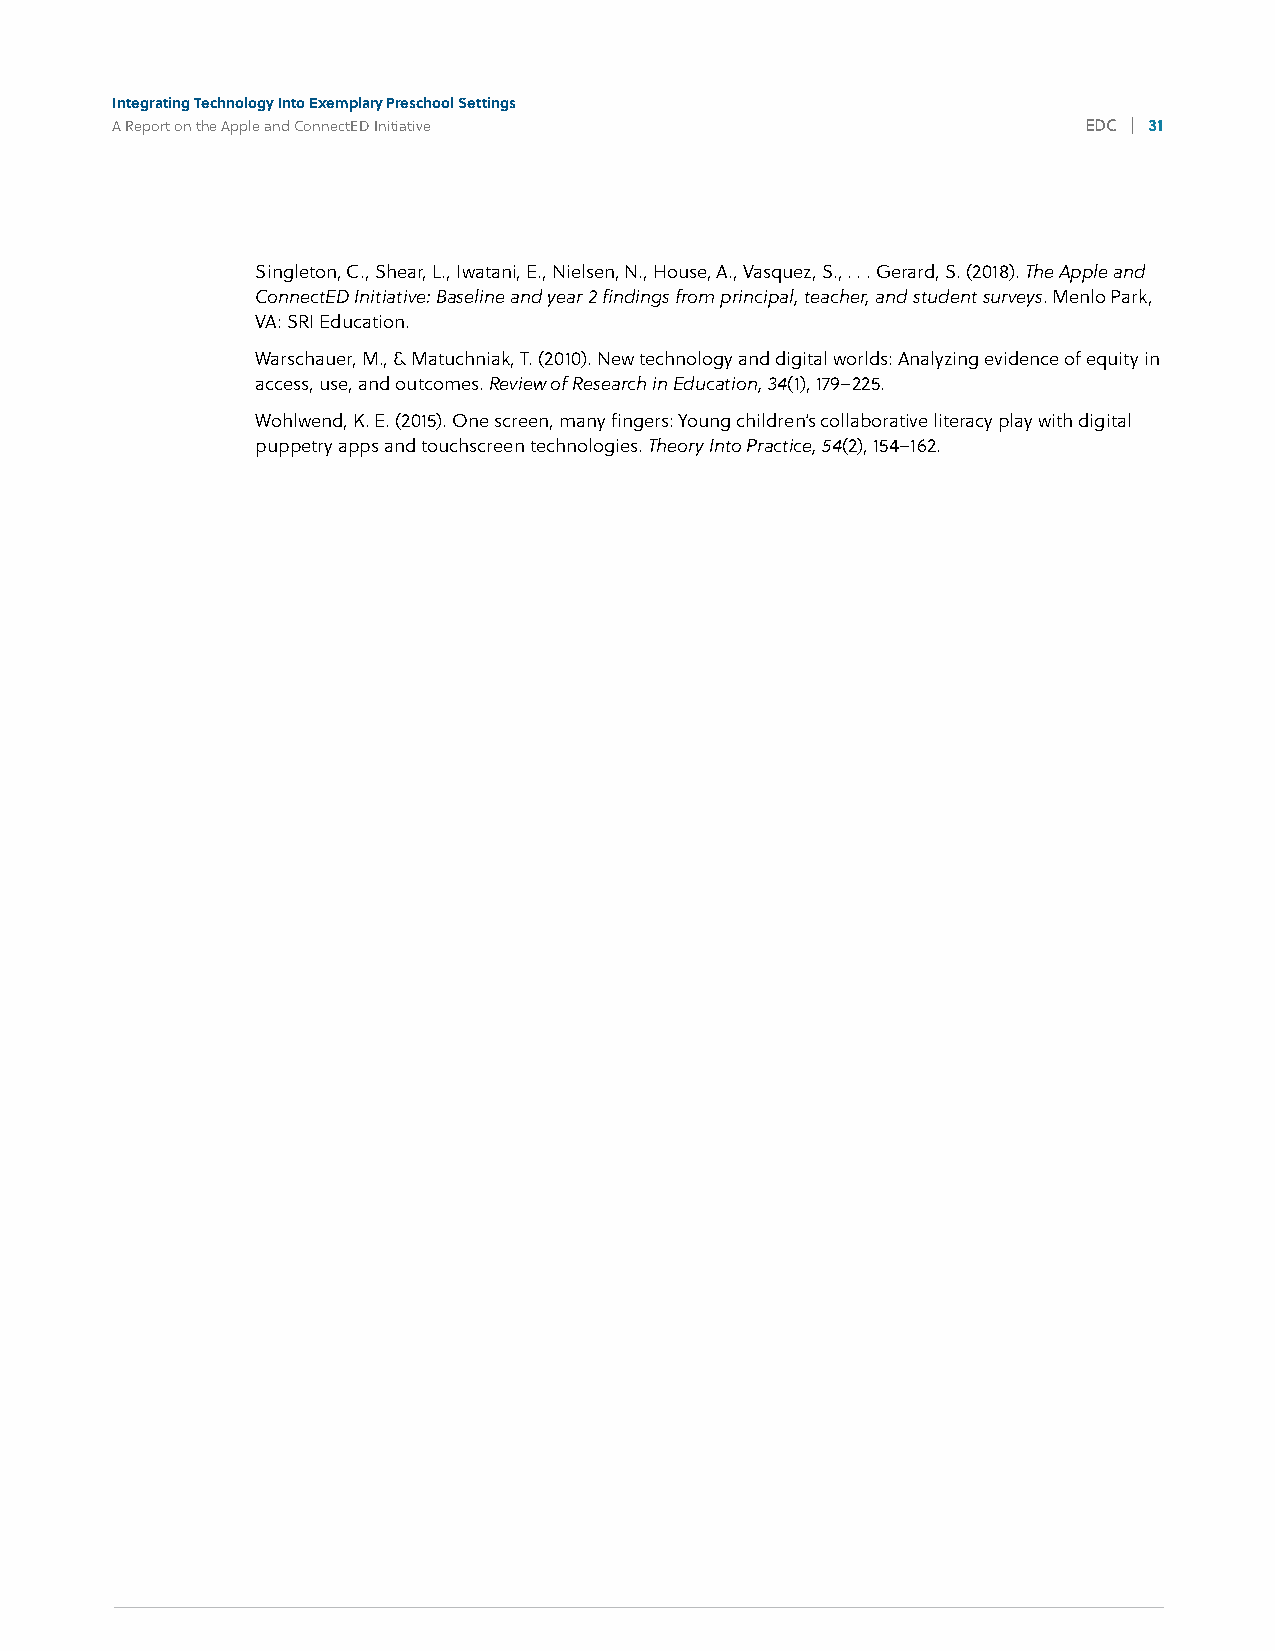
Integrating Technology Into Exemplary Preschool Settings
 A Report on the Apple and ConnectED Initiative                   EDC | 31
 4%
 Singleton, C., Shear, L., Iwatani, E., Nielsen, N., House, A., Vasquez, S., . . . Gerard, S. (2018). The Apple and
 ConnectED Initiative: Baseline and year 2 findings from principal, teacher, and student surveys. Menlo Park,
 VA: SRI Education.
 Warschauer, M., & Matuchniak, T. (2010). New technology and digital worlds: Analyzing evidence of equity in
 access, use, and outcomes. Review of Research in Education, 34(1), 179–225.
 Wohlwend, K. E. (2015). One screen, many fingers: Young children’s collaborative literacy play with digital
 puppetry apps and touchscreen technologies. Theory Into Practice, 54(2), 154–162.